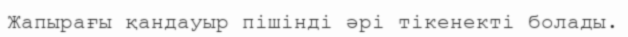
Жапырағы қандауыр пішінді әрі тікенекті болады.